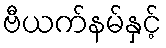
ဗီယက်နမ်နှင့်